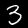
Label: 3